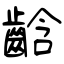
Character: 𪘒